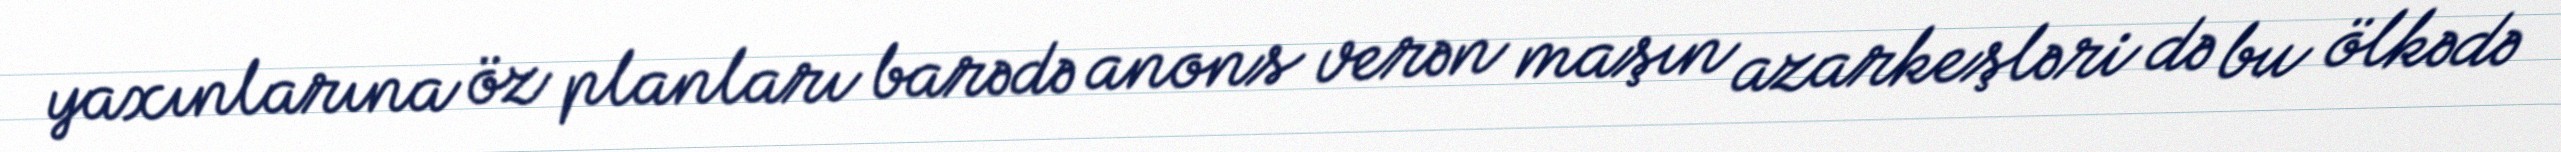
yaxınlarına öz planları barədə anons verən maşın azarkeşləri də bu ölkədə